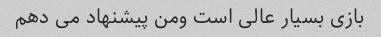
بازی بسیار عالی است ومن پیشنهاد می دهم